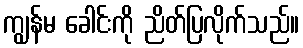
ကျွန်မ ခေါင်းကို ညိတ်ပြလိုက်သည်။